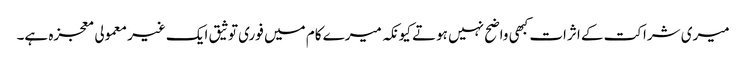
میری شراکت کے اثرات کبھی واضح نہیں ہوتے کیونکہ میرے کام میں فوری توثیق ایک غیر معمولی معجزہ ہے۔